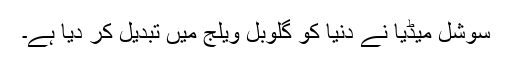
سوشل میڈیا نے دنیا کو گلوبل ویلج میں تبدیل کر دیا ہے۔